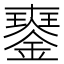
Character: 𨫹